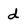
Character: d